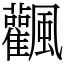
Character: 飌